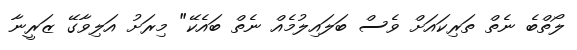
ލޯތްބެ ނެތް ތަރިކައަށް ވެސް ބަލައިލުމެއް ނެތް ބައެކޭ" މިރަށު އަލިވާގޭ ޒަރީނާ